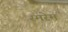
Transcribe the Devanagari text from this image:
स्मरेम